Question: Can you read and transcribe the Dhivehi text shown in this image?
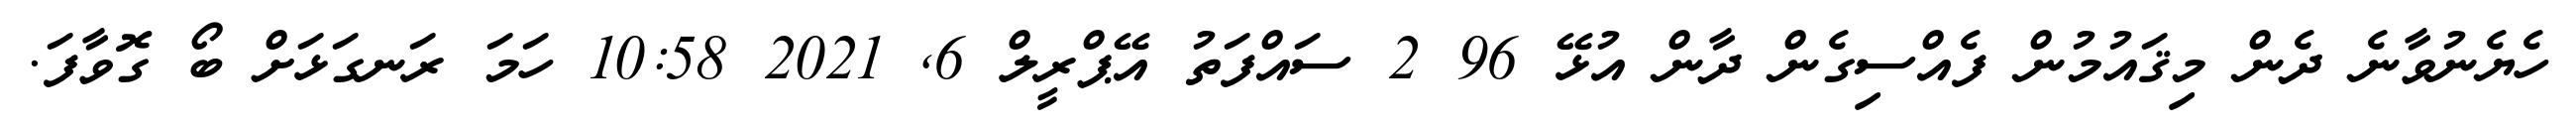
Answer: ހެޔެނުވާނެ ދެން މިޤައުމުން ފެއްސިގެން ދާން އުޅޭ 96 2 ސައްފަތު އޭޕްރީލް 6, 2021 10:58 ހަމަ ރަނގަޅަށް ބޯ ގޮވާފަ.